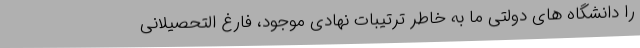
را دانشگاه های دولتی ما به خاطر ترتیبات نهادی موجود، فارغ التحصیلانی